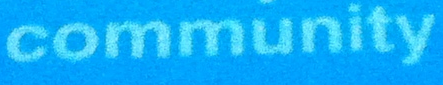
community